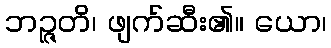
ဘဉ္ဇတိ၊ ဖျက်ဆီး၏။ ယော၊